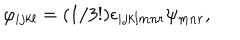
\varphi _ { i j k l } = ( 1 / 3 ! ) \epsilon _ { i j k l m n r } \psi _ { m n r } ,